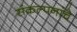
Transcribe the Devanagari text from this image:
संंकल्पनांंचे